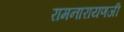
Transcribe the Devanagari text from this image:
रामनारायणजी